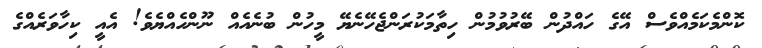
ކޮންމެކަމެއްވެސް އޭގެ ހައްދުން ބޭރުވުމުން ހިތާމަކުރަންޖެހޭނެޔޭ މީހުން ބުނެއެއް ނޫންހެއްޔެވެ! އެއީ ކިހާވަރެއްގެ